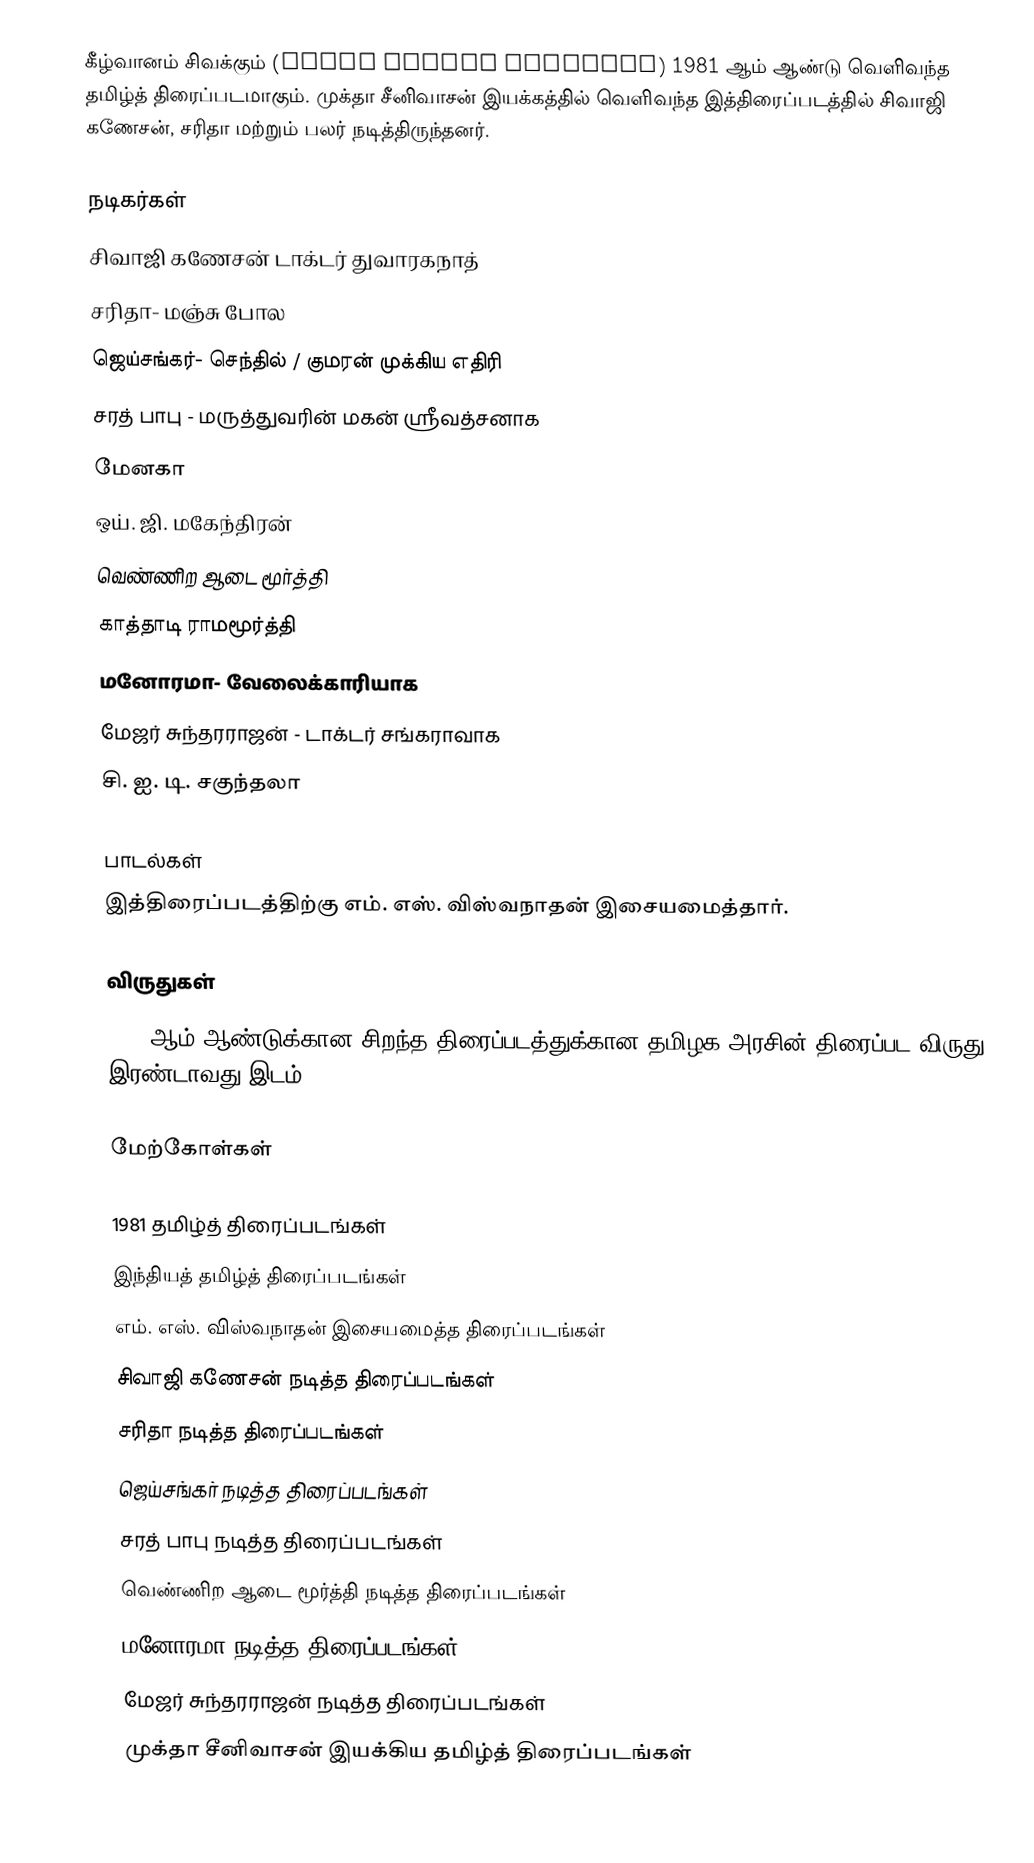
கீழ்வானம் சிவக்கும் (Keezh Vaanam Sivakkum) 1981 ஆம் ஆண்டு வெளிவந்த தமிழ்த் திரைப்படமாகும். முக்தா சீனிவாசன் இயக்கத்தில் வெளிவந்த இத்திரைப்படத்தில் சிவாஜி கணேசன், சரிதா மற்றும் பலர் நடித்திருந்தனர்.

நடிகர்கள்
 சிவாஜி கணேசன் டாக்டர் துவாரகநாத்
 சரிதா- மஞ்சு போல
 ஜெய்சங்கர்- செந்தில் / குமரன் முக்கிய எதிரி
 சரத் பாபு - மருத்துவரின் மகன் ஸ்ரீவத்சனாக
 மேனகா
 ஒய். ஜி. மகேந்திரன்
 வெண்ணிற ஆடை மூர்த்தி
 காத்தாடி ராமமூர்த்தி
 மனோரமா- வேலைக்காரியாக
 மேஜர் சுந்தரராஜன் - டாக்டர் சங்கராவாக
 சி. ஐ. டி. சகுந்தலா

பாடல்கள்
இத்திரைப்படத்திற்கு எம். எஸ். விஸ்வநாதன் இசையமைத்தார்.

விருதுகள்
 1981 ஆம் ஆண்டுக்கான சிறந்த திரைப்படத்துக்கான தமிழக அரசின் திரைப்பட விருது  - இரண்டாவது இடம்

மேற்கோள்கள்

1981 தமிழ்த் திரைப்படங்கள்
இந்தியத் தமிழ்த் திரைப்படங்கள்
எம். எஸ். விஸ்வநாதன் இசையமைத்த திரைப்படங்கள்
சிவாஜி கணேசன் நடித்த திரைப்படங்கள்
சரிதா நடித்த திரைப்படங்கள்
ஜெய்சங்கர் நடித்த திரைப்படங்கள்
சரத் பாபு நடித்த திரைப்படங்கள்
வெண்ணிற ஆடை மூர்த்தி நடித்த திரைப்படங்கள்
மனோரமா நடித்த திரைப்படங்கள்
மேஜர் சுந்தரராஜன் நடித்த திரைப்படங்கள்
முக்தா சீனிவாசன் இயக்கிய தமிழ்த் திரைப்படங்கள்